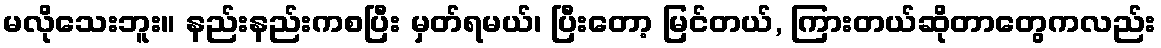
မလိုသေးဘူး။ နည်းနည်းကစပြီး မှတ်ရမယ်၊ ပြီးတော့ မြင်တယ်, ကြားတယ်ဆိုတာတွေကလည်း